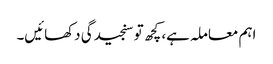
اہم معاملہ ہے، کچھ تو سنجیدگی دکھائیں۔